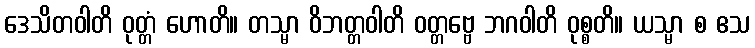
ဒေသိတဝါတိ ဝုတ္တံ ဟောတိ။ တသ္မာ ဝိဘတ္တဝါတိ ဝတ္တဗ္ဗေ ဘဂဝါတိ ဝုစ္စတိ။ ယသ္မာ စ ဧသ